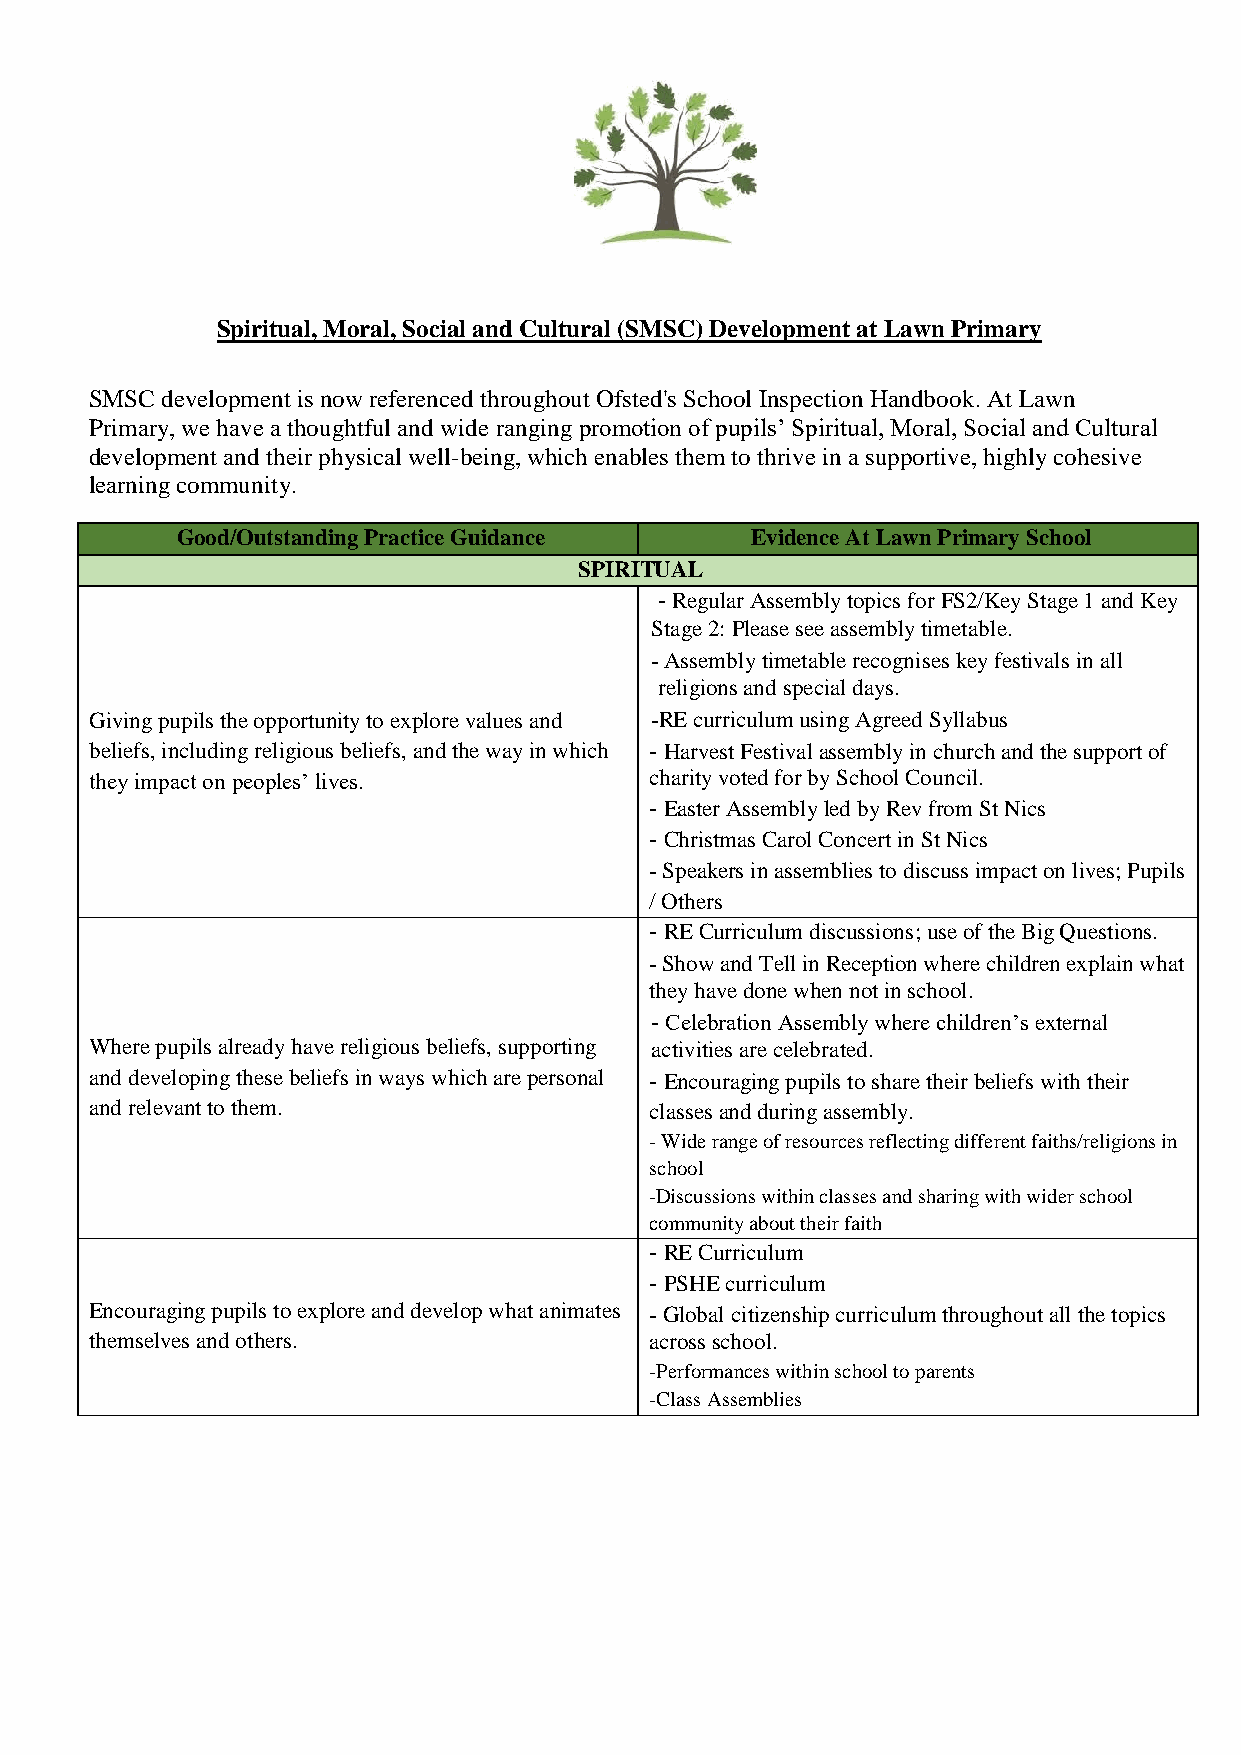
Spiritual, Moral, Social and Cultural (SMSC) Development at Lawn Primary
 SMSC development is now referenced throughout Ofsted's School Inspection Handbook. At Lawn
 Primary, we have a thoughtful and wide ranging promotion of pupils’ Spiritual, Moral, Social and Cultural
 development and their physical well-being, which enables them to thrive in a supportive, highly cohesive
 learning community.
 Good/Outstanding Practice Guidance    Evidence At Lawn Primary School
 SPIRITUAL
 - Regular Assembly topics for FS2/Key Stage 1 and Key
 Stage 2: Please see assembly timetable.
 - Assembly timetable recognises key festivals in all
 religions and special days.
 Giving pupils the opportunity to explore values and -RE curriculum using Agreed Syllabus
 beliefs, including religious beliefs, and the way in which - Harvest Festival assembly in church and the support of
 they impact on peoples’ lives.       charity voted for by School Council.
 - Easter Assembly led by Rev from St Nics
 - Christmas Carol Concert in St Nics
 - Speakers in assemblies to discuss impact on lives; Pupils
 / Others
 - RE Curriculum discussions; use of the Big Questions.
 - Show and Tell in Reception where children explain what
 they have done when not in school.
 - Celebration Assembly where children’s external
 Where pupils already have religious beliefs, supporting activities are celebrated.
 and developing these beliefs in ways which are personal - Encouraging pupils to share their beliefs with their
 and relevant to them.                classes and during assembly.
 - Wide range of resources reflecting different faiths/religions in
 school
 -Discussions within classes and sharing with wider school
 community about their faith
 - RE Curriculum
 - PSHE curriculum
 Encouraging pupils to explore and develop what animates - Global citizenship curriculum throughout all the topics
 themselves and others.               across school.
 -Performances within school to parents
 -Class Assemblies